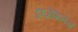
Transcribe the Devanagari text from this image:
ट्रांज़ैमिनेज़